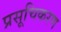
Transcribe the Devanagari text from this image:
प्रसूचिकरण